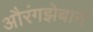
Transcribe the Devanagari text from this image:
औरंगझेबानें